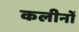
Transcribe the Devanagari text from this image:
कलीनों